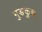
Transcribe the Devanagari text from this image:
मुङकुस